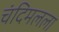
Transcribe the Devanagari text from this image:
चंदिमलला